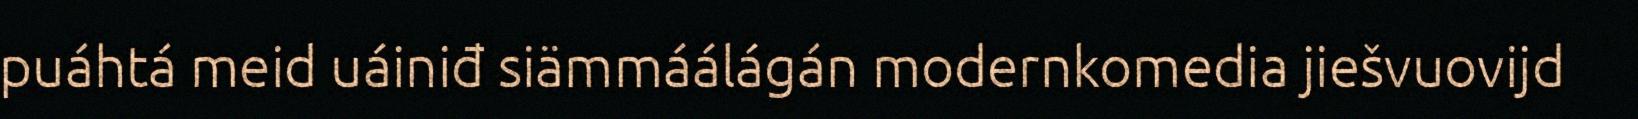
puáhtá meid uáiniđ siämmáálágán modernkomedia jiešvuovijd